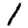
Digit: 1